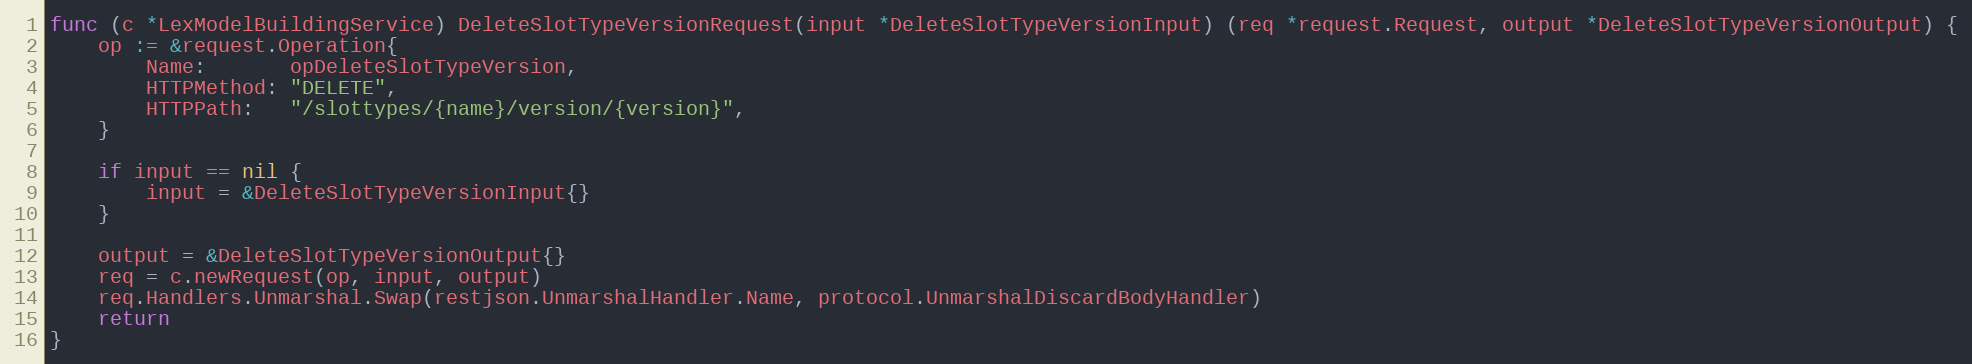
Language: Go
func (c *LexModelBuildingService) DeleteSlotTypeVersionRequest(input *DeleteSlotTypeVersionInput) (req *request.Request, output *DeleteSlotTypeVersionOutput) {
	op := &request.Operation{
		Name:       opDeleteSlotTypeVersion,
		HTTPMethod: "DELETE",
		HTTPPath:   "/slottypes/{name}/version/{version}",
	}

	if input == nil {
		input = &DeleteSlotTypeVersionInput{}
	}

	output = &DeleteSlotTypeVersionOutput{}
	req = c.newRequest(op, input, output)
	req.Handlers.Unmarshal.Swap(restjson.UnmarshalHandler.Name, protocol.UnmarshalDiscardBodyHandler)
	return
}